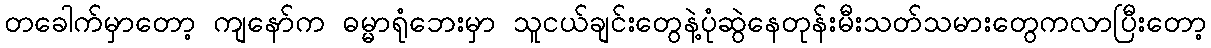
တခေါက်မှာတော့ ကျနော်က ဓမ္မာရုံဘေးမှာ သူငယ်ချင်းတွေနဲ့ပုံဆွဲနေတုန်းမီးသတ်သမားတွေကလာပြီးတော့